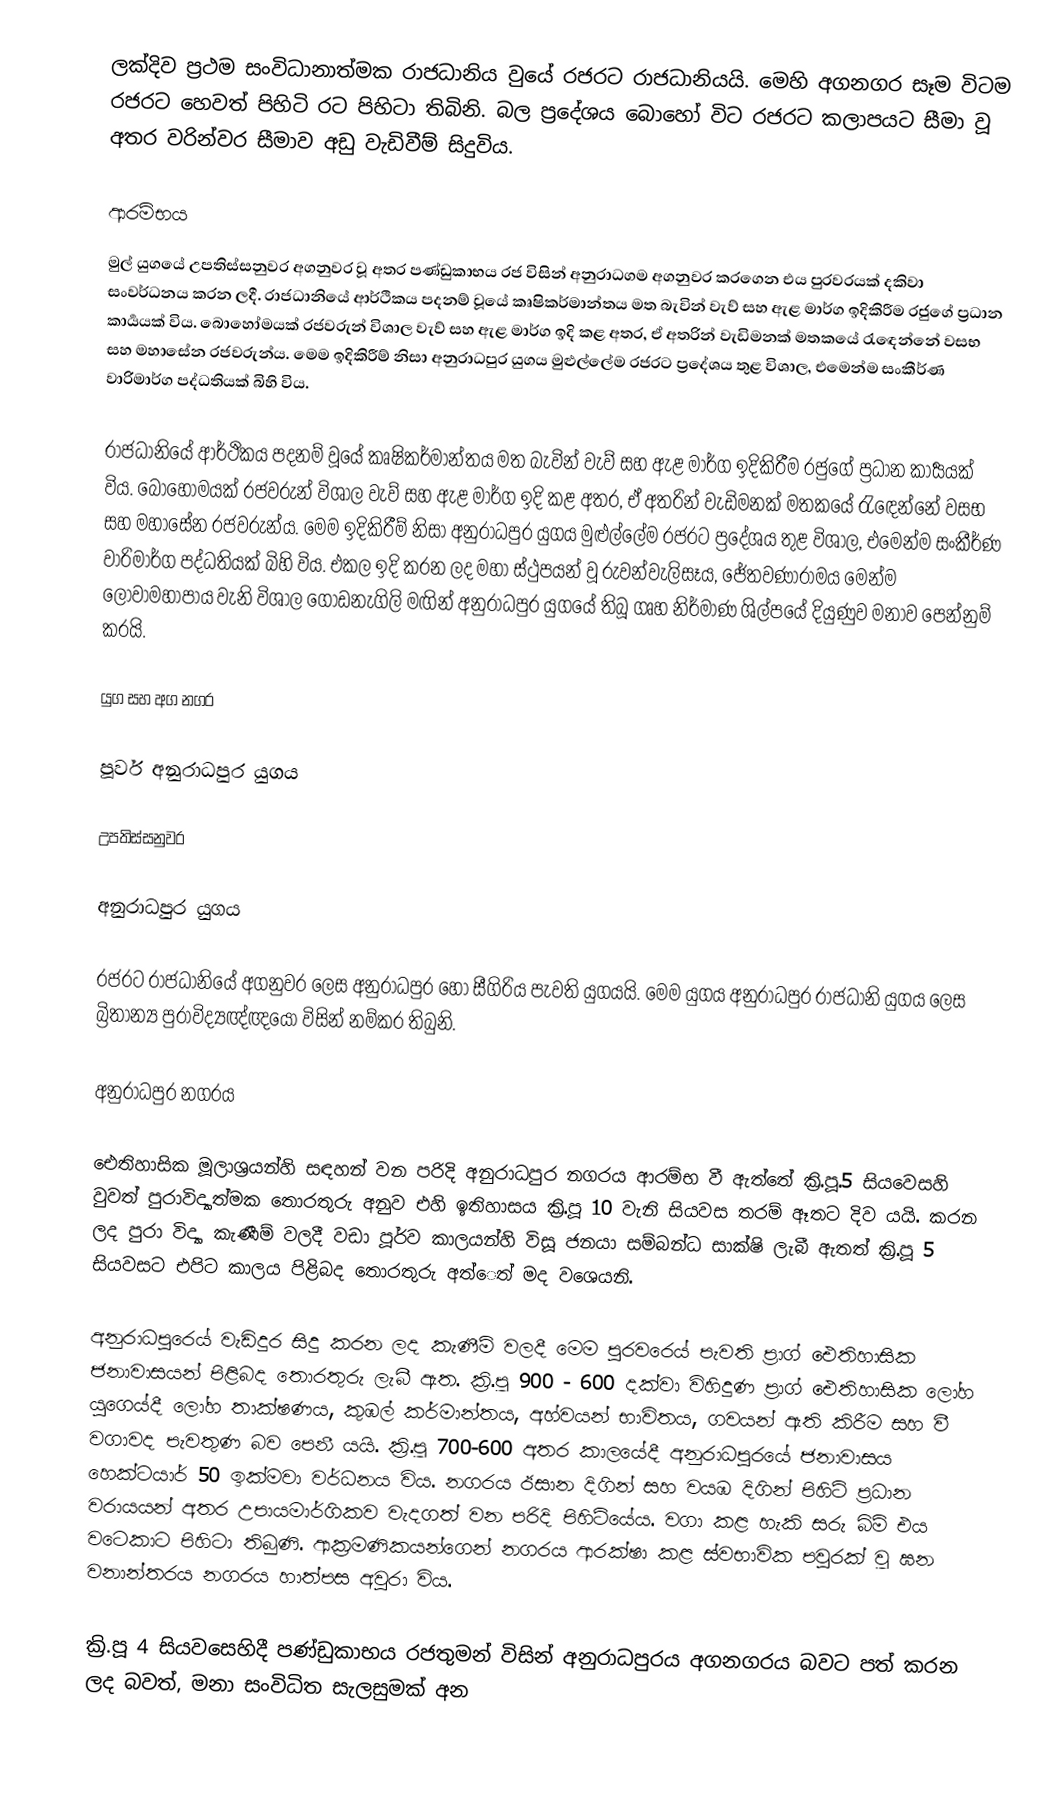
ලක්දිව ප්‍රථම සංවිධානාත්මක රාජධානිය වුයේ රජරට රාජධානියයි. මෙහි අගනගර සෑම විටම රජරට  හෙවත් පිහිටි රට පිහිටා තිබිනි. බල ප්‍රදේශය බොහෝ විට රජරට කලාපයට සීමා වූ අතර වරින්වර සීමාව අඩු වැඩිවීම් සිදුවිය.

ආරම්භය
මුල් යුගයේ උපතිස්සනුවර අගනුවර වූ අතර පණ්ඩුකාභය රජ විසින් අනුරාධගම අගනුවර කරගෙන එය පුරවරයක් දකිවා සංවර්ධනය කරන ලදී. රාජධානියේ ආර්ථිකය පදනම් වූයේ කෘෂිකර්මාන්තය මත බැවින් වැව් සහ ඇළ මාර්ග ඉදිකිරීම රජුගේ ප්‍රධාන කාර්‍යයක් විය. බොහෝමයක් රජවරුන් විශාල වැව් සහ ඇළ මාර්ග ඉදි කළ අතර, ඒ අතරින් වැඩිමනක් මතකයේ රැඳෙන්නේ වසභ සහ මහාසේන රජවරුන්ය. මෙම ඉදිකිරීම් නිසා අනුරාධපුර යුගය මුළුල්ලේම රජරට ප්‍රදේශය තුළ විශාල, එමෙන්ම සංකීර්ණ වාරිමාර්ග පද්ධතියක් බිහි විය.

රාජධානියේ ආර්ථිකය පදනම් වූයේ කෘෂිකර්මාන්තය මත බැවින් වැව් සහ ඇළ මාර්ග ඉදිකිරීම රජුගේ ප්‍රධාන කාර්‍යයක් විය. බොහෝමයක් රජවරුන් විශාල වැව් සහ ඇළ මාර්ග ඉදි කළ අතර, ඒ අතරින් වැඩිමනක් මතකයේ රැඳෙන්නේ වසභ සහ මහාසේන රජවරුන්ය. මෙම ඉදිකිරීම් නිසා අනුරාධපුර යුගය මුළුල්ලේම රජරට ප්‍රදේශය තුළ විශාල, එමෙන්ම සංකීර්ණ වාරිමාර්ග පද්ධතියක් බිහි විය. එකල ඉදි කරන ලද මහා ස්ථුපයන් වූ රුවන්වැලිසෑය, ජේතවණාරාමය මෙන්ම ලෝවාමහාපාය වැනි විශාල ගොඩනැගිලි මඟින් අනුරාධපුර යුගයේ තිබූ ගෘහ නිර්මාණ ශිල්පයේ දියුණුව මනාව පෙන්නුම් කරයි.

යුග සහ අග නගර

පූර්ව අනුරාධපුර යුගය

උපතිස්සනුවර

අනුරාධපුර යුගය

රජරට රාජධානියේ අගනුවර ලෙස අනුරාධපුර හෝ සීගිරිය පැවති යුගයයි. මෙම යුගය අනුරාධපුර රාජධානි යුගය ලෙස බ්‍රිතාන්‍ය පුරාවිද්‍යඥ්ඥයෝ විසින් නම්කර තිබුනි.

අනුරාධපුර නගරය

ඓතිහාසික මූලාශ්‍රයන්හි සඳහන් වන පරිදි අනුරාධපුර නගරය ආරම්භ වී ඇත්තේ ක්‍රි.පූ.5 සියවෙසහි වුවත් පුරාවිද්‍යාත්මක තොරතුරු අනුව එහි ඉතිහාසය ක්‍රි.පූ 10 වැනි සියවස තරම් ඈතට  දිව යයි. කරන ලද පුරා විද්‍යා කැණීම් වලදී වඩා පූර්ව කාලයන්හි විසූ ජනයා සම්බන්ධ සාක්ෂි ලැබී ඇතත් ක්‍රි.පූ 5 සියවසට එපිට කාලය පිළිබද තොරතුරු අත්ෙත් මද වශෙයනි.

අනුරාධපුරෙය් වැඩිදුර සිදු කරන ලද කැණීම් වලදී මෙම පුරවරෙය් පැවති ප්‍රාග් ඓතිහාසික  ජනාවාසයන් පිළිබද තොරතුරු ලැබී ඇත. ක්‍රි.පූ 900 - 600 දක්වා විහිදුණ ප්‍රාග් ඓතිහාසික ලෝහ යුගෙය්දී ලෝහ තාක්ෂණය, කුඹල් කර්මාන්තය, අහ්වයන් භාවිතය, ගවයන් ඇති කිරීම සහ වී වගාවද පැවතුණ බව පෙනී යයි. ක්‍රි.පූ 700-600 අතර කාලයේදී අනුරාධපුරයේ ජනාවාසය හෙක්ටයාර් 50 ඉක්මවා වර්ධනය විය. නගරය ඊසාන දිගින් සහ වයඹ දිගින් පිහිටි ප්‍රධාන වරායයන් අතර උපායමාර්ගිකව වැදගත් වන පරිදි පිහිටියේය. වගා කළ හැකි සරු බිම් එය වටෙකාට පිහිටා තිබුණි. ආක්‍රමණිකයන්ගෙන් නගරය ආරක්ෂා කළ ස්වභාවික පවුරක් වූ ඝන වනාන්තරය නගරය හාත්පස අවුරා විය.

ක්‍රි.පූ 4 සියවසෙහිදී පණ්ඩුකාභය රජතුමන් විසින් අනුරාධපුරය අගනගරය බවට පත් කරන ලද බවත්, මනා සංවිධිත සැලසුමක් අන